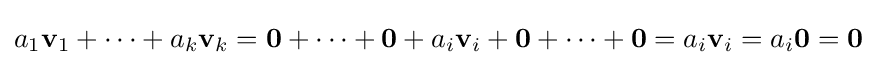
a_{1}\mathbf {v} _{1}+\cdots +a_{k}\mathbf {v} _{k}=\mathbf {0} +\cdots +\mathbf {0} +a_{i}\mathbf {v} _{i}+\mathbf {0} +\cdots +\mathbf {0} =a_{i}\mathbf {v} _{i}=a_{i}\mathbf {0} =\mathbf {0}